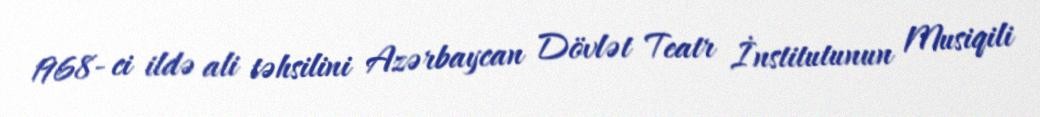
1968- ci ildə ali təhsilini Azərbaycan Dövlət Teatr İnstitutunun Musiqili